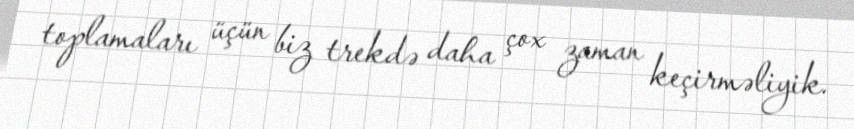
toplamaları üçün biz trekdə daha çox zaman keçirməliyik.